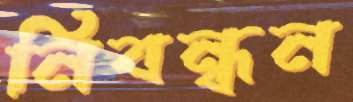
নিবন্ধন